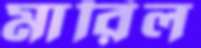
মারিল